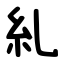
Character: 糺